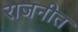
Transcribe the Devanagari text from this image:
राजनीत